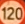
120